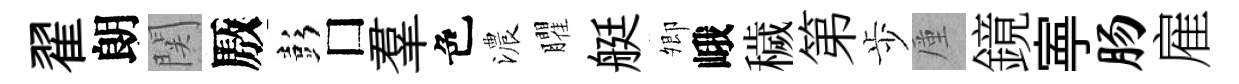
翟朗関厫彭□羣色濃臞艇𡖖峨穢第歩厪鏡寕肠雇